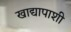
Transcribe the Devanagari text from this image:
खाद्यापाशी